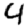
Digit: 4